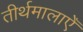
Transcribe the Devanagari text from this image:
तीर्थमालाएँ